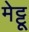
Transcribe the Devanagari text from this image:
मेट्टू